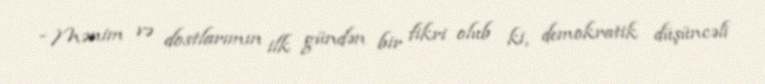
- Mənim və dostlarımın ilk gündən bir fikri olub ki, demokratik düşüncəli